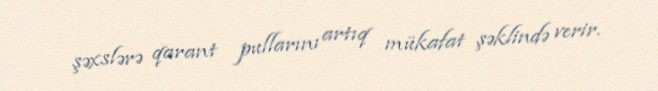
şəxslərə qarant pullarını artıq mükafat şəklində verir.